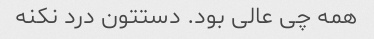
همه چی عالی بود. دستتون درد نکنه